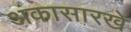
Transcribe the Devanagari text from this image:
अंकासारखे